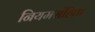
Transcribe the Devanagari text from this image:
नियमसंहिता